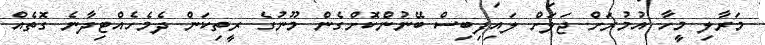
މަރާލި މީހާ އުމުރަށް ޖަލަށް ލައިފިބިސް ބޭނުންކޮށްގެން މޫނުގެ ރީތިކަން ދެމެހެއްޓިދާނެ ގޮތެއް